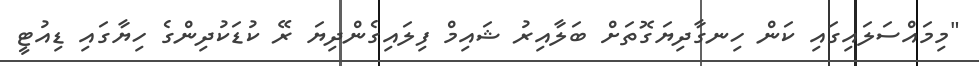
"މިމައްސަލައިގައި ކަން ހިނގާދިޔަގޮތަށް ބަލާއިރު ޝައިމް ފިލައިގެންދިޔަ ރޭ ކުޑަކުދިންގެ ހިޔާގައި ޑިއުޓީ